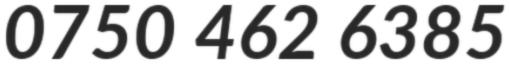
0750 462 6385